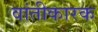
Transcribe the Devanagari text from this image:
वांतीकारक